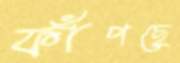
ফাঁপছে